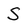
Character: S